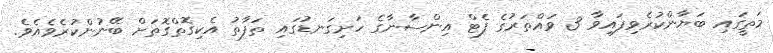
މަތީގައި ބަޔާންކުރެވިފައިވާ 3 ވައްތަރުގެ ފެޓް އިންސާނާގެ ހަށިގަނޑުގައި ތަފާތު އެކިގޮތްގޮތަށް ބޭނުންކުރެވެއެވެ.